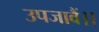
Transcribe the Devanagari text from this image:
उपजावैं।।